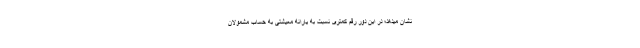
نشان میدهد؛ در این دور رقم کمتری نسبت به یارانه معیشتی به حساب مشمولان